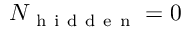
N _ { \mathrm { ~ h ~ i ~ d ~ d ~ e ~ n ~ } } = 0